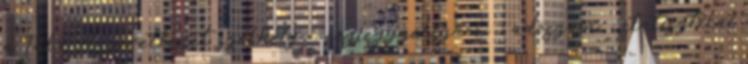
a Takarékszövetkezet székhely: ; cégjegyzékszám:. ; adószám: ; statisztikai